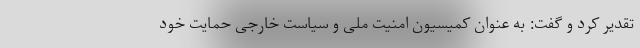
تقدیر کرد و گفت: به عنوان کمیسیون امنیت ملی و سیاست خارجی حمایت خود